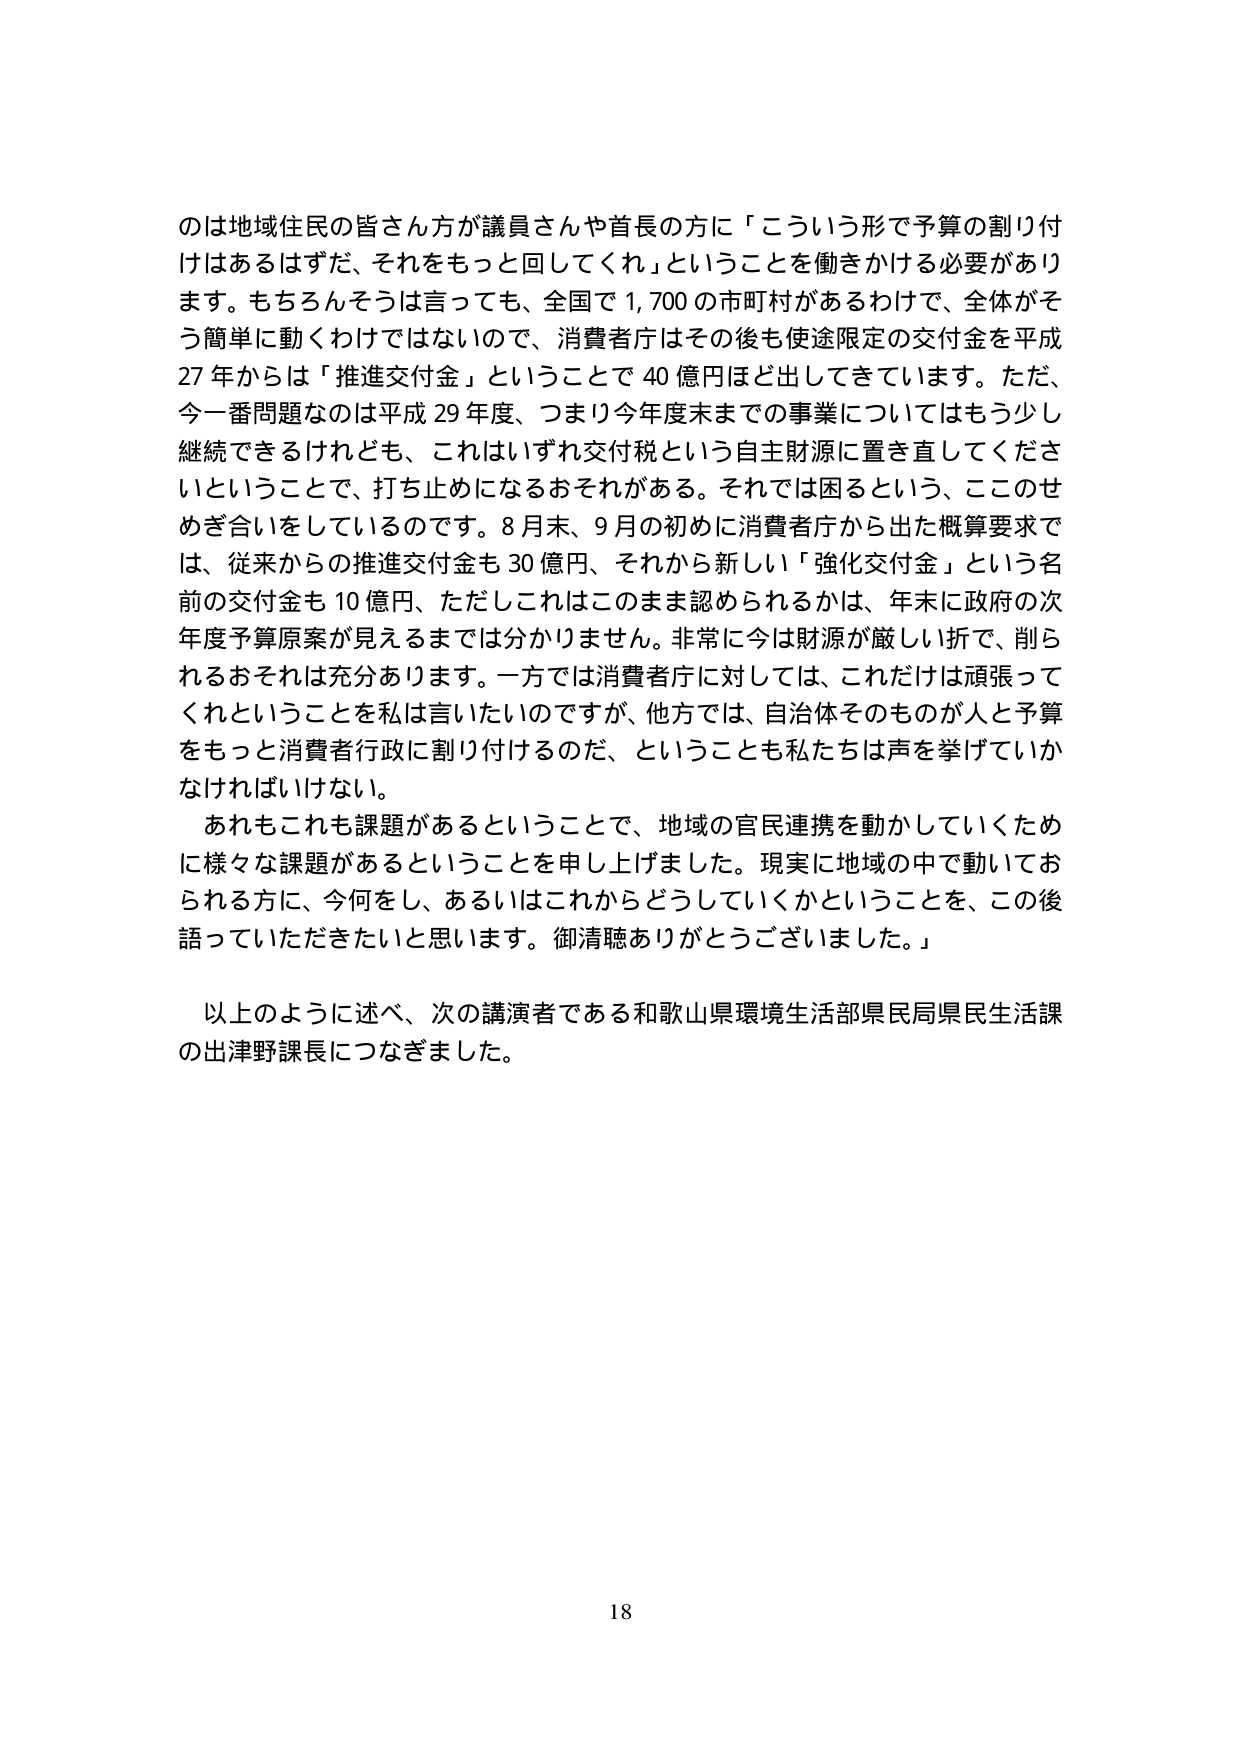
のは地域住民の皆さん方が議員さんや首長の方に「こういう形で予算の割り付けはあるはずだ、それをもっと回してくれ」ということを働きかける必要があります。もちろんそうは言っても、全国で1,700の市町村があるわけで、全体がそう簡単に動くわけではないので、消費者庁はその後も使途限定の交付金を平成27年からは「推進交付金」ということで40億円ほど出してきています。ただ、今一番問題なのは平成29年度、つまり今年度末までの事業についてはもう少し継続できるけれども、これはいずれ交付税という自主財源に置き直してくださ いということで、打ち止めになるおそれがある。それでは困るという、このせめぎ合いをしているのです。8月末、9月の初めに消費者庁から出た概算要求では、従来からの推進交付金も30億円、それから新しい「強化交付金」という名前の交付金も10億円、ただしこれはこのまま認められるかは、年末に政府の次年度予算原案が見えるまでは分かりません。非常に今は財源が厳しい折で、削られるおそれは充分あります。一方では消費者庁に対しては、これだけは頑張ってくれということを私は言いたいのですが、他方では、自治体そのものが人と予算をもっと消費者行政に割り付けるのだ、ということも私たちは声を挙げていかなければいけない。

あれもこれも課題があるということで、地域の官民連携を動かしていくために様々な課題があるということを申し上げました。現実に地域の中で動いておられる方に、今何をし、あるいはこれからどうしていくかということを、この後語っていただきたいと思います。御清聴ありがとうございました。

以上のように述べ、次の講演者である和歌山県環境生活部県民局県民生活課の出津野課長につなぎました。

18